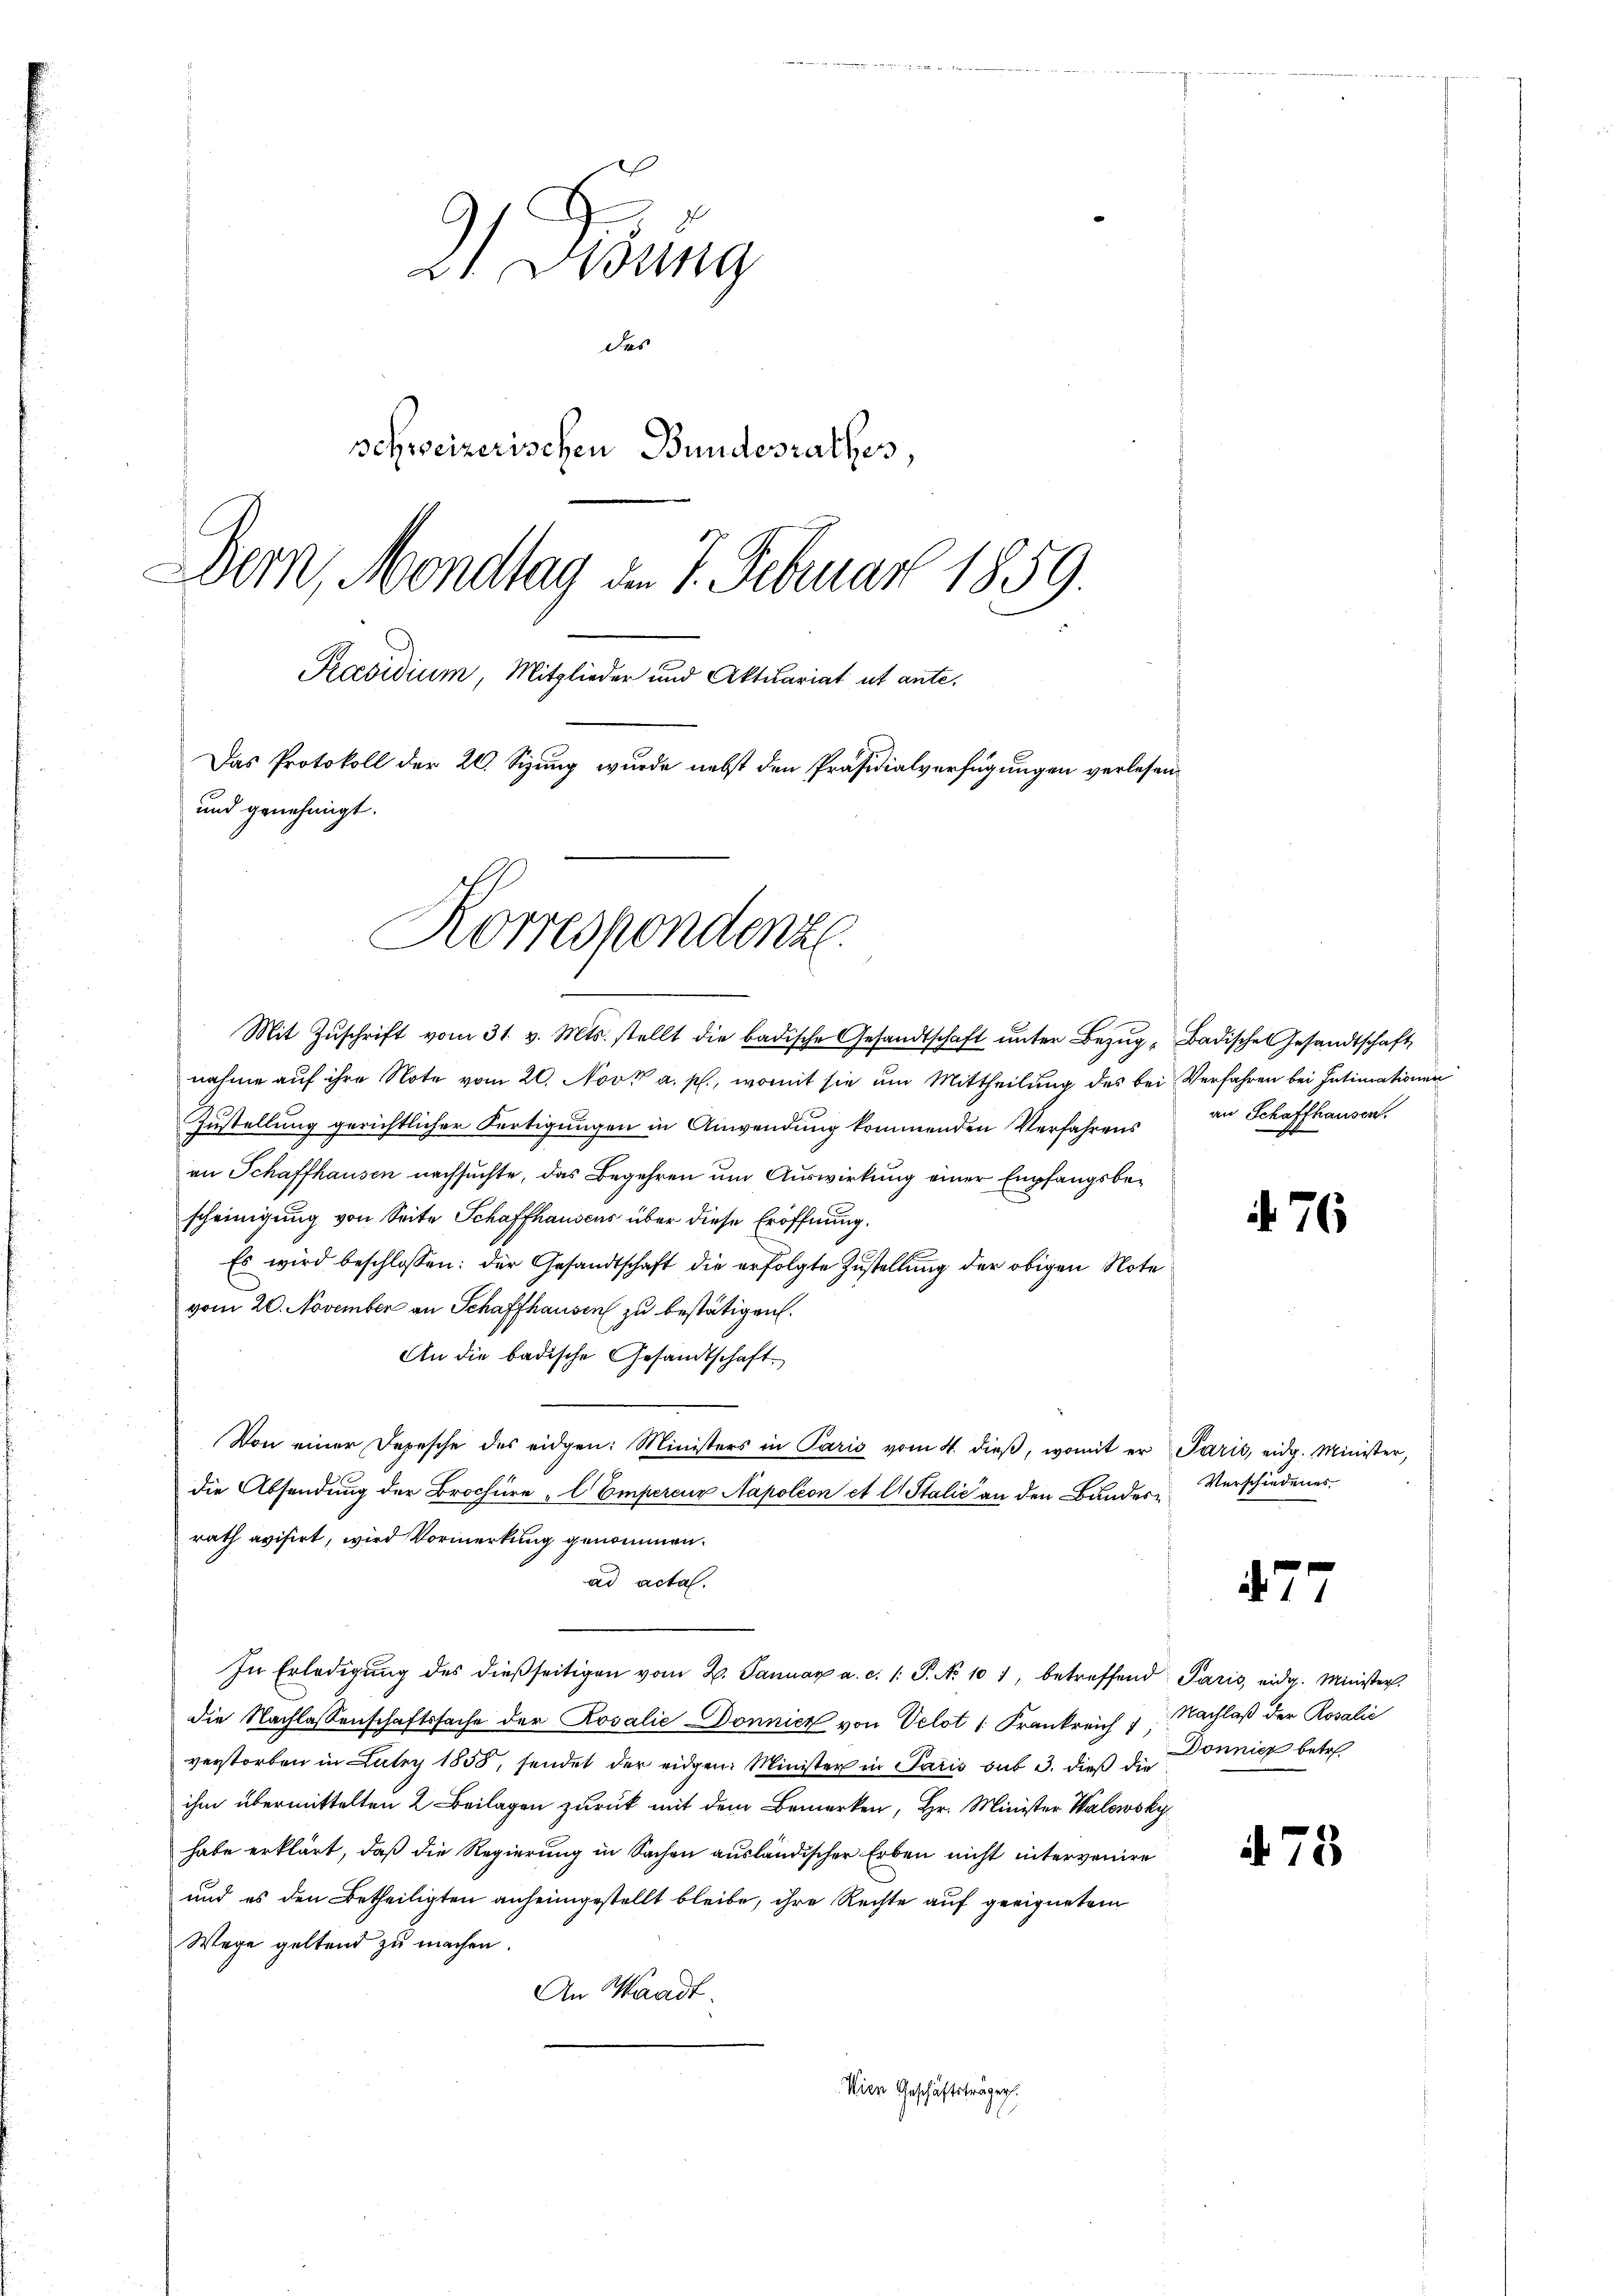
21. Lesung
des
schweizerischen Bundesrathes,
Dern, Mondlag d. 7. Februar 1859.
Praesidium, Mitglieder und Aktuariat ut ante¬
Das Protokoll der 20. Sizung wurde nebst den Präsidialverfügungen verlesen¬
und genehmigt.

Korrespondenz

Mit Zŭschrift vom 31. v. Mts. stellt die badische Gesandtschaft ŭnter Bezŭg " Badische Gesandtschaft
nahme auf ihre Note vom 20. Novk a. p., womit sie um Mittheilung des bei Verfahren bei Intimationen
Zustellung gerichtlicher Fertigungen in Anwendung kommenden Verfahrens
an Schaffhausen nachsuchte, das Begehren um Auswirkung einer Empfangsbescheinigung von Seite Schaffhausens über diese Eröffnung.
Es wird beschlossen: der Gesandtschaft die erfolgte Zustellung der obigen Note
vom 20. November an Schaffhausen zu bestätigen.
An die badische Gesandtschaft.
Von einer Depesche des eidgen: Ministers in Paris vom 4. dieβ, womit er Paris, eidg. Minister,
die Absendung der Brochüre Empercur Napoleon et l. Stalić an den Bundesrath avisirt, wird Vormerkung genommen.
ad acta.
In Erledigŭng des dießseitigen vom 2. Januar a. c. 1: P. No 101, betreffend Paris eidg. Minister.
die Nachlassenschaftssache der Rosalie Dönnicz von Velot 1. Frankreich u. Nachlaß der Rosalić
verstorben in Lutry 1858, sendet der eidgen. Minister in Paris sub 3. dieß die
ihm übermittelten 2 Beilagen zurück mit dem Bemerken, Hr. Minister Walewsky,
habe erklärt, daß die Regierung in Sachen ausländischer Erben nicht intervenire
und es den Betheiligten anheimgestellt bleibe, ihre Rechte auf geeignetem
Wege geltend zu machen.
An Waadt.
Wien Geschäftsträger

an Schaffhausen.

. 76

Verschiedenes.

477

473

Dönnicz betr.